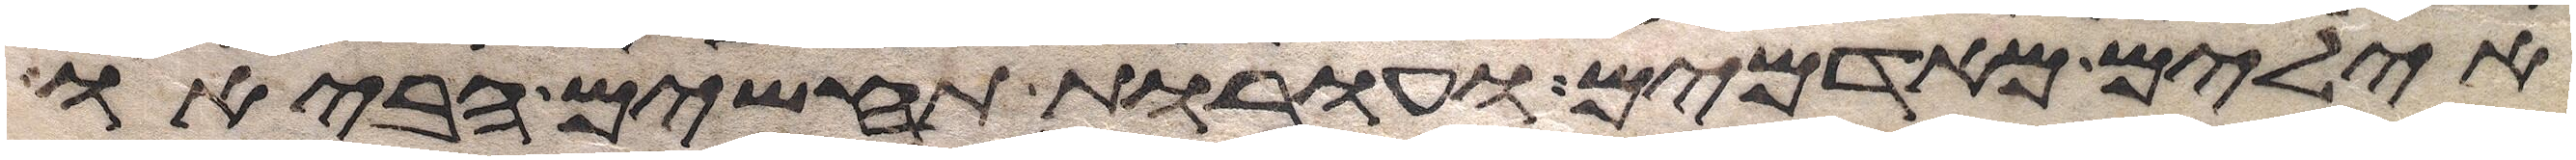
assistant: אילים מאדמים ועורת תחשים הביאו